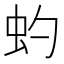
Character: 虳